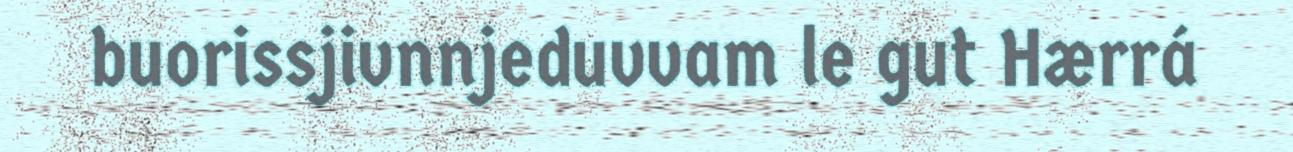
buorissjivnnjeduvvam le gut Hærrá